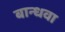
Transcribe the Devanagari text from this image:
बान्धवा